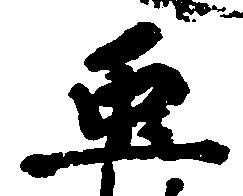
虫